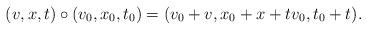
LaTeX: \begin{align*} (v,x,t) \circ (v_{0}, x_{0}, t_{0}) = (v_{0} + v, x_{0} + x + t v_{0}, t_{0} + t). \end{align*}